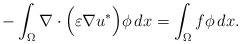
LaTeX: \begin{align*}- \int_\Omega \nabla \cdot \Big( \varepsilon \nabla u^* \Big) \phi \, dx=\int_\Omega f \phi \, dx.\end{align*}